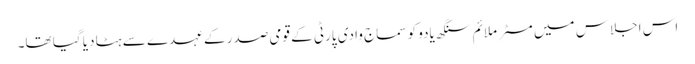
اس اجلاس میں مسٹر ملائم سنگھ یادو کو سماج وادی پارٹی کے قومی صدر کے عہدے سے ہٹا دیا گیا تھا۔